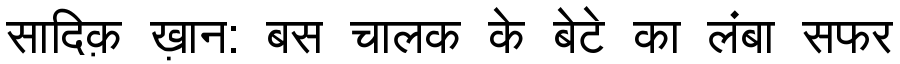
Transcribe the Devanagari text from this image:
सादिक़ ख़ान: बस चालक के बेटे का लंबा सफर